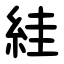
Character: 絓